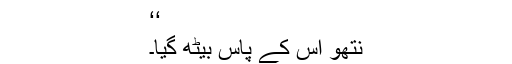
‘‘
نتھو اس کے پاس بیٹھ گیا۔